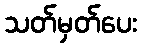
သတ်မှတ်ပေး